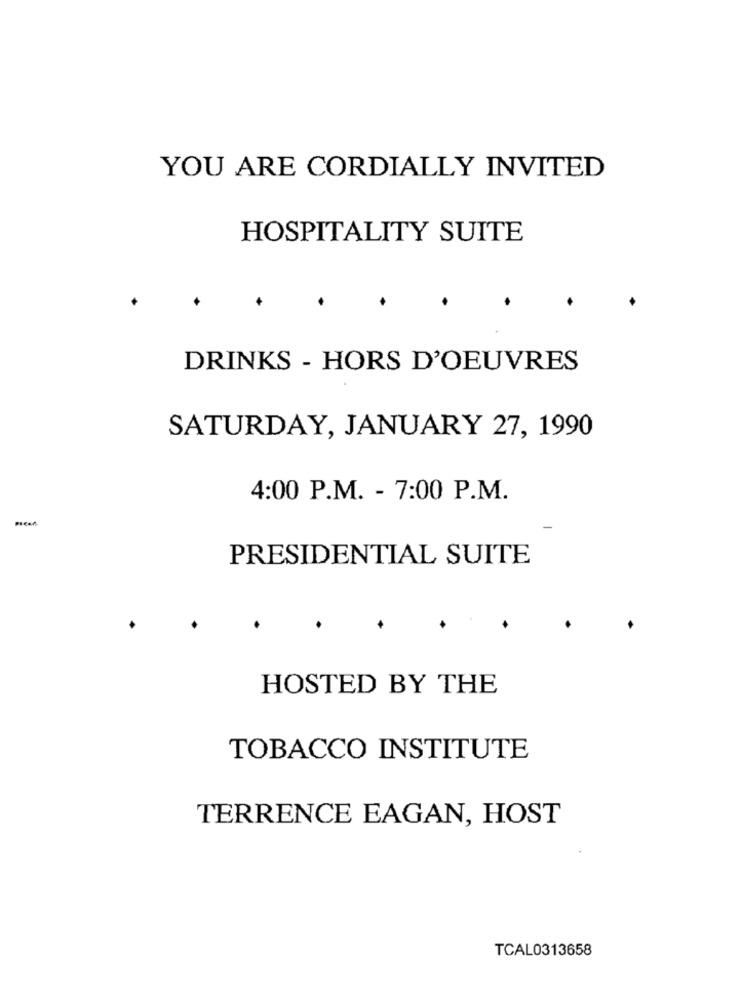
YOU ARE CORDIALLY INVITED
HOSPITALITY SUITE
DRINKS - HORS D'OEUVRES
SATURDAY, JANUARY 27, 1990
4:00 P.M. - 7:00 P.M.
PRESIDENTIAL SUITE
HOSTED BY THE
TOBACCO INSTITUTE
TERRENCE EAGAN, HOST
TCAL0313658